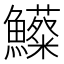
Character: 𩽃